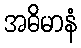
အဓိမာနံ